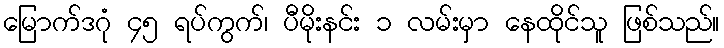
မြောက်ဒဂုံ ၄၅ ရပ်ကွက်၊ ပီမိုးနင်း ၁ လမ်းမှာ နေထိုင်သူ ဖြစ်သည်။